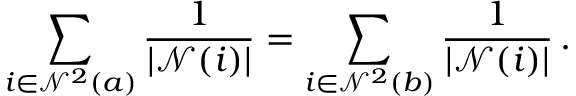
\sum _ { i \in \mathcal { N } ^ { 2 } ( a ) } \frac { 1 } { | \mathcal { N } ( i ) | } = \sum _ { i \in \mathcal { N } ^ { 2 } ( b ) } \frac { 1 } { | \mathcal { N } ( i ) | } \, .